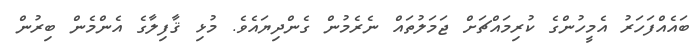
ބައެއްފަހަރު އެމީހުންގެ ކުރިމައްޗަށް ޖަމަލުތައް ނެރެމުން ގެންދިޔައެވެ. މުޅި ޤާފިލާގެ އެންމެން ބިރުން